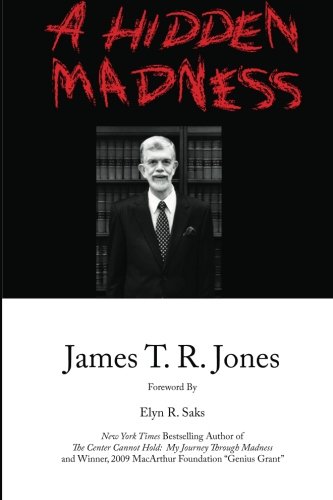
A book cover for A Hidden Madness; James T.R. Jones; Health, Fitness & Dieting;